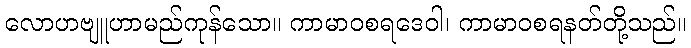
လောဟဗျူဟာမည်ကုန်သော။ ကာမာဝစရဒေဝါ၊ ကာမာဝစရနတ်တို့သည်။